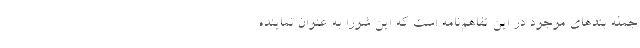
جمله بندهای موجود در این تفاهم‌نامه است که این شورا به عنوان نماینده